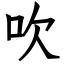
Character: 吹